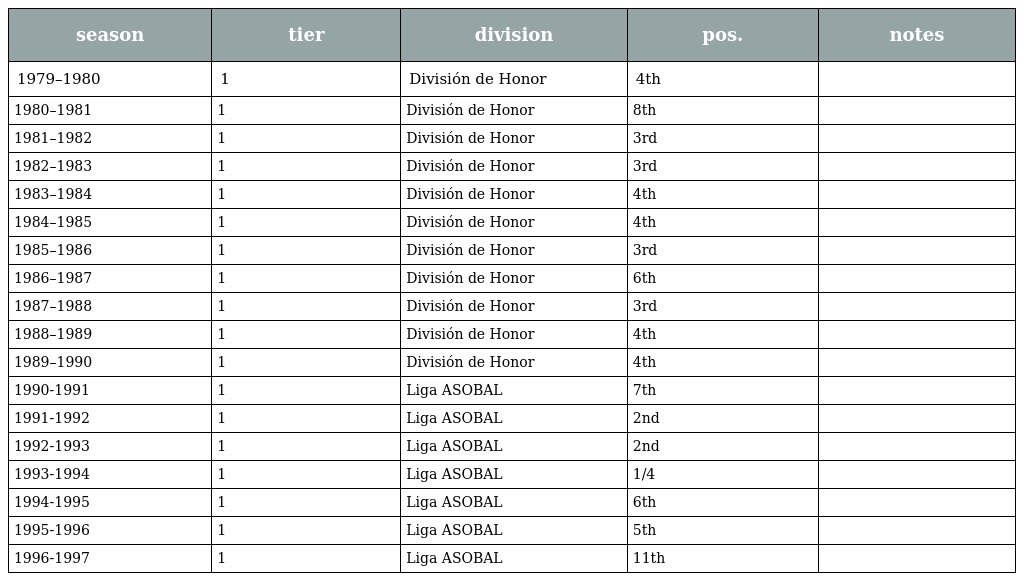
| season | tier | division | pos. | notes |
 | --- | --- | --- | --- | --- |
 | 1979–1980 | 1 | División de Honor | 4th |  |
 | 1980–1981 | 1 | División de Honor | 8th |  |
 | 1981–1982 | 1 | División de Honor | 3rd |  |
 | 1982–1983 | 1 | División de Honor | 3rd |  |
 | 1983–1984 | 1 | División de Honor | 4th |  |
 | 1984–1985 | 1 | División de Honor | 4th |  |
 | 1985–1986 | 1 | División de Honor | 3rd |  |
 | 1986–1987 | 1 | División de Honor | 6th |  |
 | 1987–1988 | 1 | División de Honor | 3rd |  |
 | 1988–1989 | 1 | División de Honor | 4th |  |
 | 1989–1990 | 1 | División de Honor | 4th |  |
 | 1990-1991 | 1 | Liga ASOBAL | 7th |  |
 | 1991-1992 | 1 | Liga ASOBAL | 2nd |  |
 | 1992-1993 | 1 | Liga ASOBAL | 2nd |  |
 | 1993-1994 | 1 | Liga ASOBAL | 1/4 |  |
 | 1994-1995 | 1 | Liga ASOBAL | 6th |  |
 | 1995-1996 | 1 | Liga ASOBAL | 5th |  |
 | 1996-1997 | 1 | Liga ASOBAL | 11th |  |